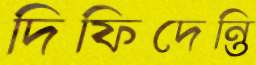
দিফিদেন্তি